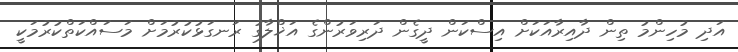
އަދި މުހިންމު ތިން ދާއިރާއަކަށް އިސްކަން ދީގެން ދަރިވަރުންގެ އަޚްލާގު ރަނގަޅުކުރުމަށް މަސައްކަތްކުރުމަކީ